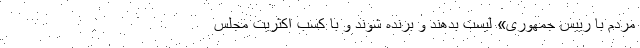
مردم با رییس جمهوری» لیست بدهند و برنده شوند و با کسب اکثریت مجلس